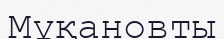
Мұқановты